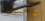
وتكرارا